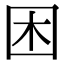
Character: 困